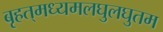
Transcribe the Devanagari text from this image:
बृहत्‌मध्यमलघुलघुतम